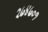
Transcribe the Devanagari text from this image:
२७४७०१